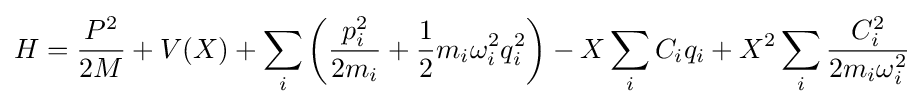
H={\frac {P^{2}}{2M}}+V(X)+\sum _{i}\left({\frac {p_{i}^{2}}{2m_{i}}}+{\frac {1}{2}}m_{i}\omega _{i}^{2}q_{i}^{2}\right)-X\sum _{i}{C_{i}q_{i}}+X^{2}\sum _{i}{\frac {C_{i}^{2}}{2m_{i}\omega _{i}^{2}}}